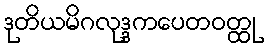
ဒုတိယမိဂလုဒ္ဒကပေတဝတ္ထု